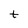
Character: t